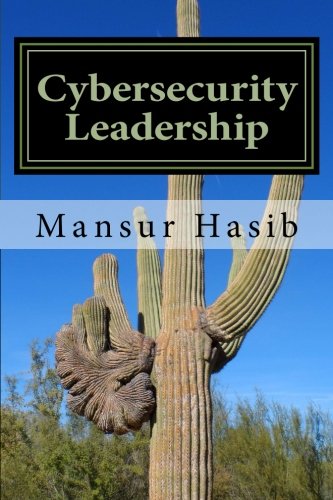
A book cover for Cybersecurity Leadership: Powering the Modern Organization; Mansur Hasib; Business & Money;